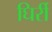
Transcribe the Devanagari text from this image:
घिर्री